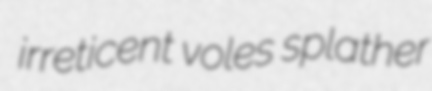
irreticent voles splather